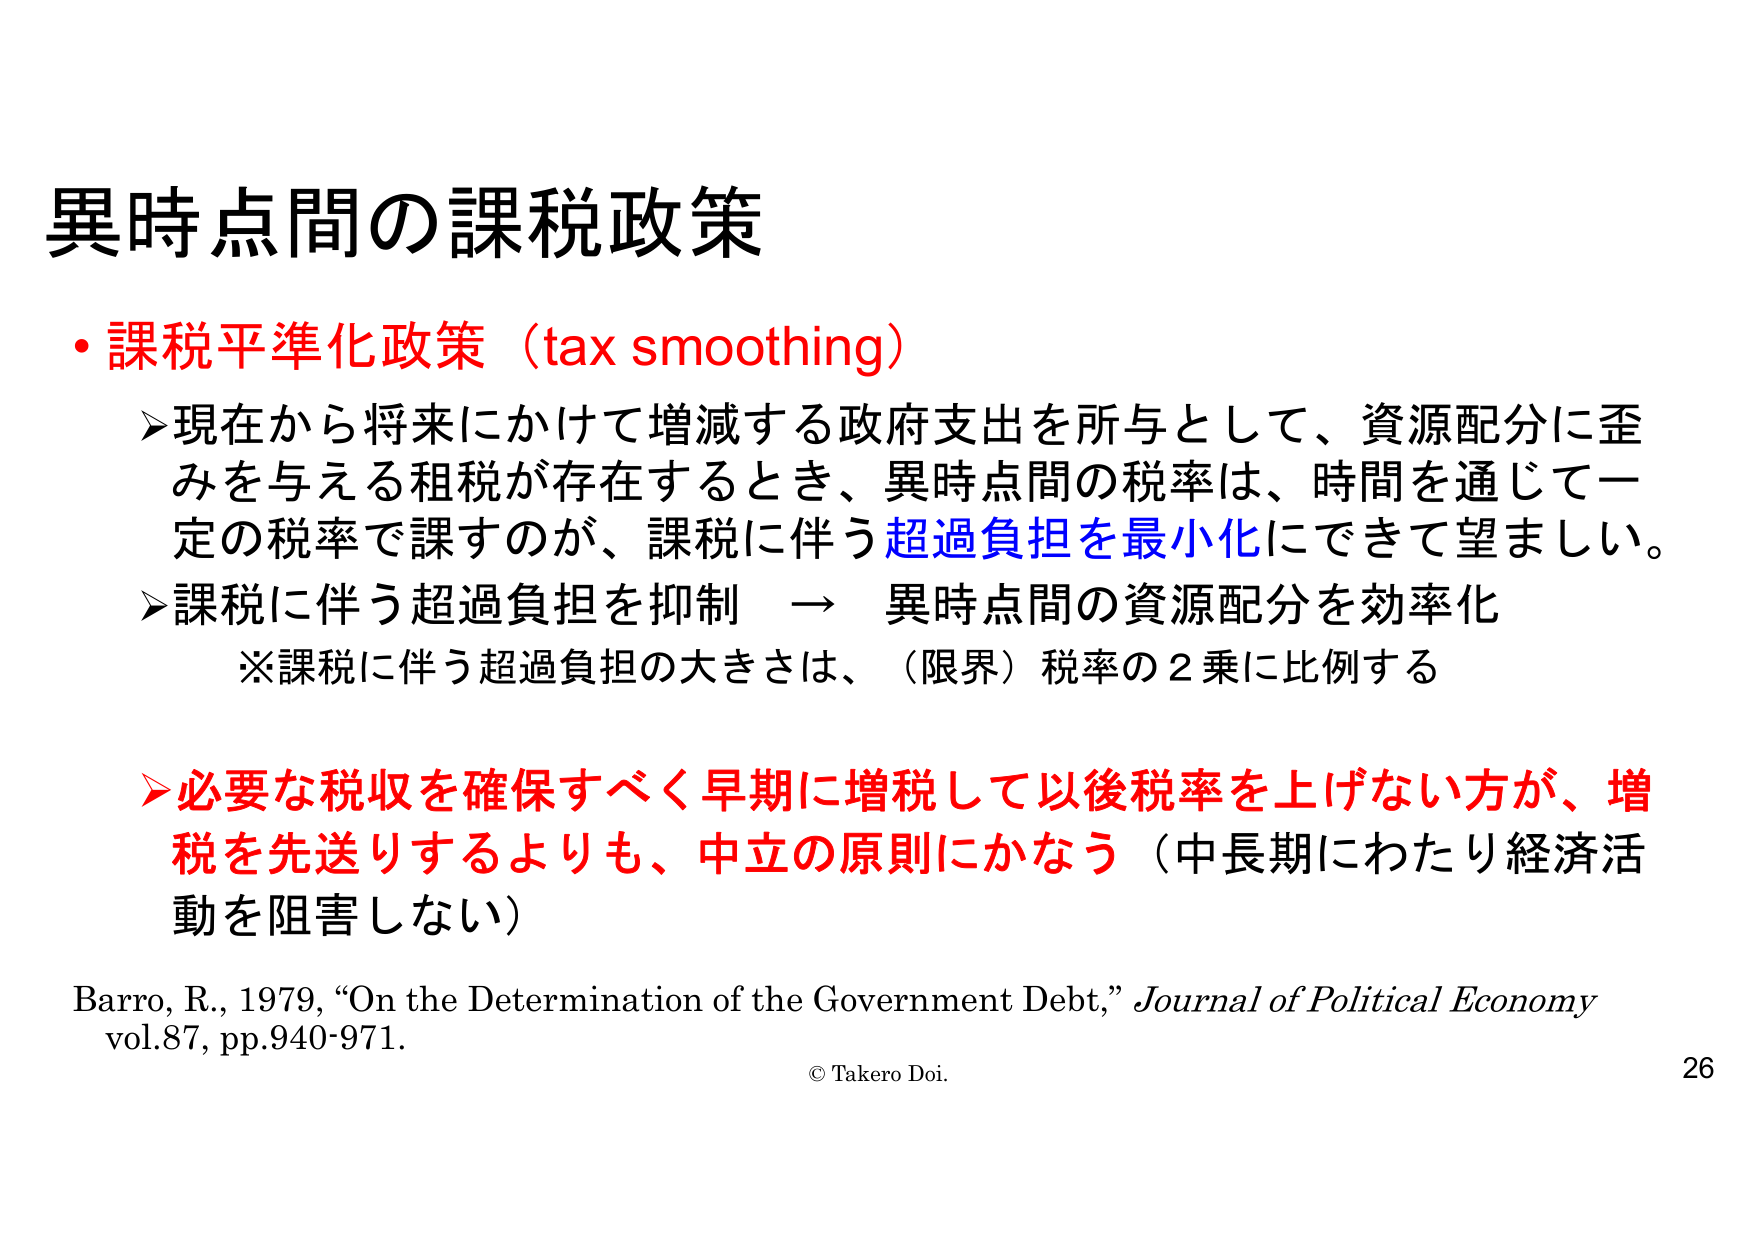
異時点間の課税政策

・課税平準化政策（tax smoothing）

➤現在から将来にかけて増減する政府支出を所与として、資源配分に歪みを与える租税が存在するとき、異時点間の税率は、時間を通じて一定の税率で課すのが、課税に伴う超過負担を最小化にできて望ましい。

➤課税に伴う超過負担を抑制 → 異時点間の資源配分を効率化
※課税に伴う超過負担の大きさは、（限界）税率の2乗に比例する

➤必要な税収を確保すべく早期に増税して以後税率を上げない方が、増税を先送りするよりも、中立の原則にかなう（中長期にわたり経済活動を阻害しない）

Barro, R., 1979, “On the Determination of the Government Debt,” Journal of Political Economy vol.87, pp.940-971.

© Takero Doi. 26